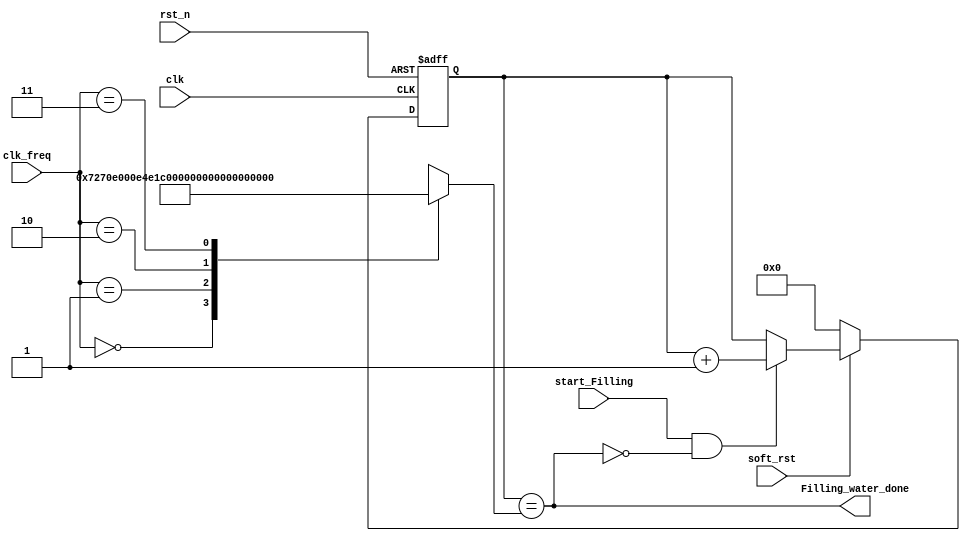
module Filling_water_counter(
    input wire clk,
    input wire rst_n,
    input wire soft_rst,
    input wire start_Filling,
    input wire [1:0] clk_freq,
    output wire Filling_water_done
);
reg [31:0] stop_count;
localparam [31:0] temp = 2'b11;
always @ *
begin
    case(clk_freq)
        2'b00: stop_count ='h7270E00; 
        2'b01: stop_count = 'hE4E1C00;
        2'b10: stop_count = 'h1C9C3800;
        2'b11: stop_count = 'h39387000;
    endcase

end

reg [31:0] q;
always @(posedge clk or negedge rst_n) 
begin
    if(~rst_n)
        q <= 0;
    else if (~soft_rst)
        q <= 0;  
    else if (start_Filling && ~Filling_water_done)
        q <= q + 1;        
end
assign Filling_water_done = (q == stop_count);
endmodule